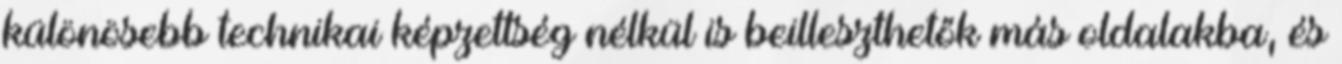
különösebb technikai képzettség nélkül is beilleszthetők más oldalakba, és